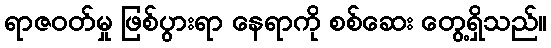
ရာဇဝတ်မှု ဖြစ်ပွားရာ နေရာကို စစ်ဆေး တွေ့ရှိသည်။